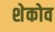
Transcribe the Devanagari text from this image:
शेकोव